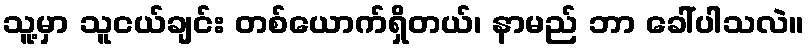
သူ့မှာ သူငယ်ချင်း တစ်ယောက်ရှိတယ်၊ နာမည် ဘာ ခေါ်ပါသလဲ။